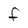
Character: F